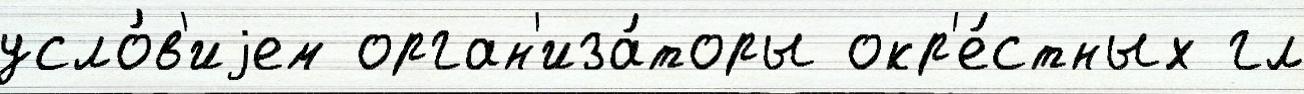
усло́в'иjем орган'иза́торы окр'е́стных гл